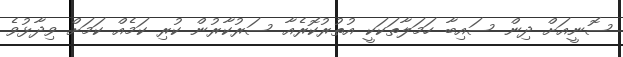
ސޮނީއަށް ދިން ސައިބާ ހަމަލާތަކަކީ އުތުރުކޮރެއާ ސަރުކާރުން ކުރި ކަމެއް ކަމަށް ވިދާޅުވެ